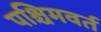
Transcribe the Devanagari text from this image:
पश्चिमवर्त